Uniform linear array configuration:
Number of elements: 24
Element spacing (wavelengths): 0.75
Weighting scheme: kaiser
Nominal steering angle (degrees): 15
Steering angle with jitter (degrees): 15.153
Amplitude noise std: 0.05
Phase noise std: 0.05

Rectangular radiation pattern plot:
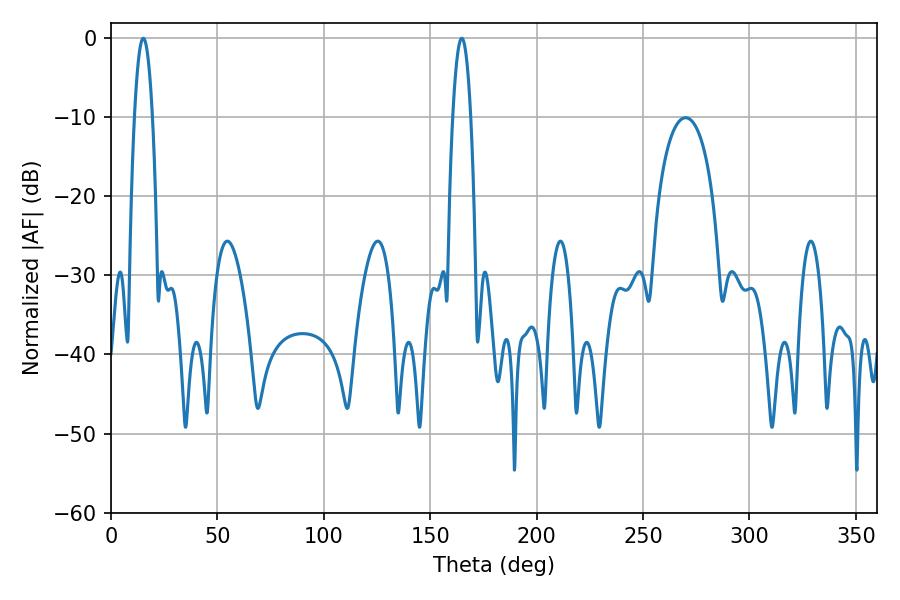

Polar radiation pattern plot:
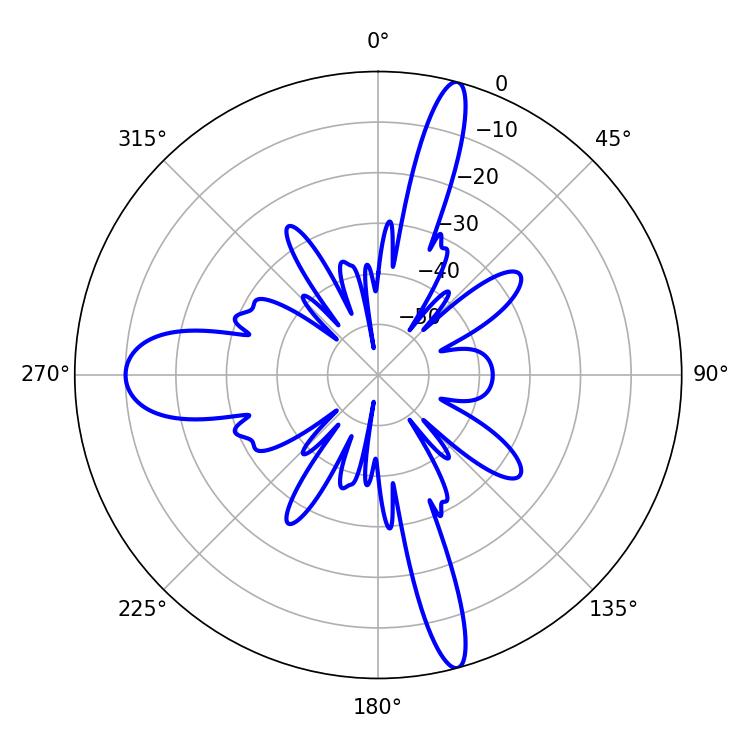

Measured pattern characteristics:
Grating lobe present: TRUE
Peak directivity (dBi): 20.027
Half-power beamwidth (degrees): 4.5
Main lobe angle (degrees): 15.12